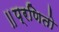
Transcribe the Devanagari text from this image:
॥प्रणितो